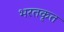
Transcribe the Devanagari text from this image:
भरतकृत